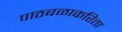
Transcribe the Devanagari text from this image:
पाठबळाकरिता